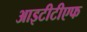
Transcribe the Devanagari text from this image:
आइटीटीएफ